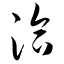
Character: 洽